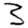
Digit: 3